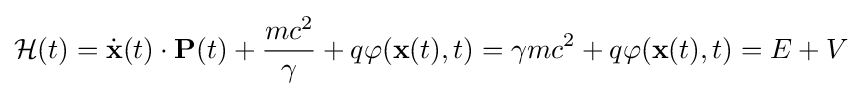
{\mathcal {H}}(t)={\dot {\mathbf {x} }}(t)\cdot \mathbf {P} (t)+{\frac {mc^{2}}{\gamma }}+q\varphi (\mathbf {x} (t),t)=\gamma mc^{2}+q\varphi (\mathbf {x} (t),t)=E+V